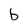
Character: b